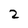
Character: 2